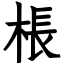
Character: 棖